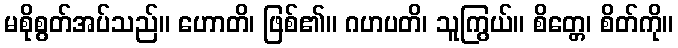
မစိုစွတ်အပ်သည်။ ဟောတိ၊ ဖြစ်၏။ ဂဟပတိ၊ သူကြွယ်။ စိတ္တေ၊ စိတ်ကို။